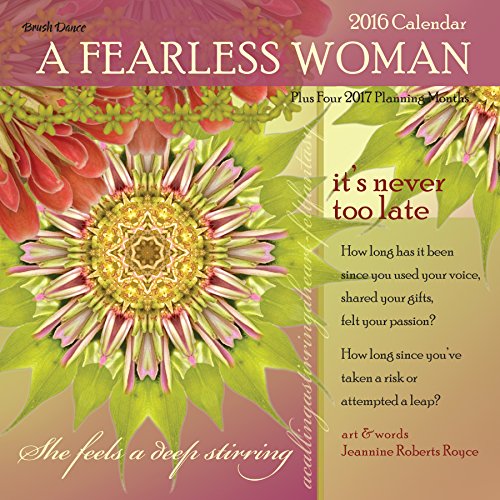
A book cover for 2016 A Fearless Woman Wall Calendar; Brush Dance and Jeannine Roberts Royce; Calendars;